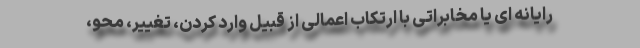
رایانه ای یا مخابراتی با ارتکاب اعمالی از قبیل وارد کردن، تغییر، محو،